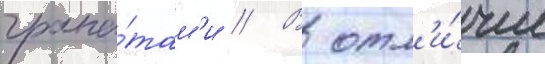
грана́там'и // В отл'и́чие